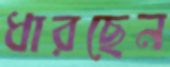
ধারছেন